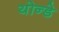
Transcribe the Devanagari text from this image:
योन्डे